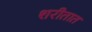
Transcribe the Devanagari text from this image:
शरीतात